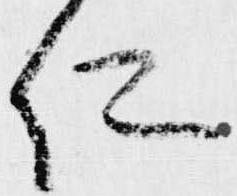
仁